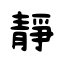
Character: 靜